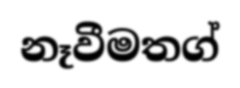
නෑවීමතග්